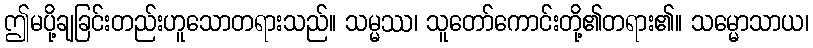
ဤမပို့ချခြင်းတည်းဟူသောတရားသည်။ သမ္မဿ၊ သူတော်ကောင်းတို့၏တရား၏။ သမ္မောသာယ၊